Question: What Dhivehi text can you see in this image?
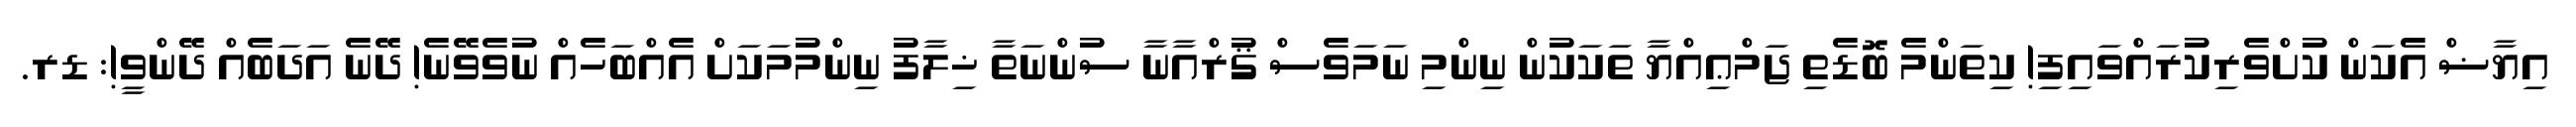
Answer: އިޔާޟް އެކަން ކުށްވެރިކުރައްވައިފި! ކިތަންމެ ބޮޑެތި ޖަމްޢިއްޔާ ތަކަކުން ނިންމި ނަމަވެސް ޤުރްއާނާ ސުންނަތާ ޚިލާފު ނިންމުމަކަށް އެއްބަހެއް ނުވެވޭނެ! ދޭނެ އަދަބެއް ދޭންވީ!: ޑރ.